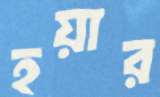
হয়ার